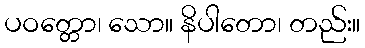
ပဝတ္တော၊ သော။ နိပါတော၊ တည်း။